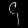
Digit: ၄